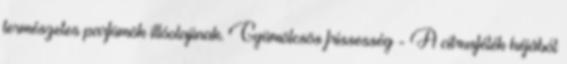
természetes parfümök illóolajinak. Gyümölcsös frissesség - A citrusfélék héjából